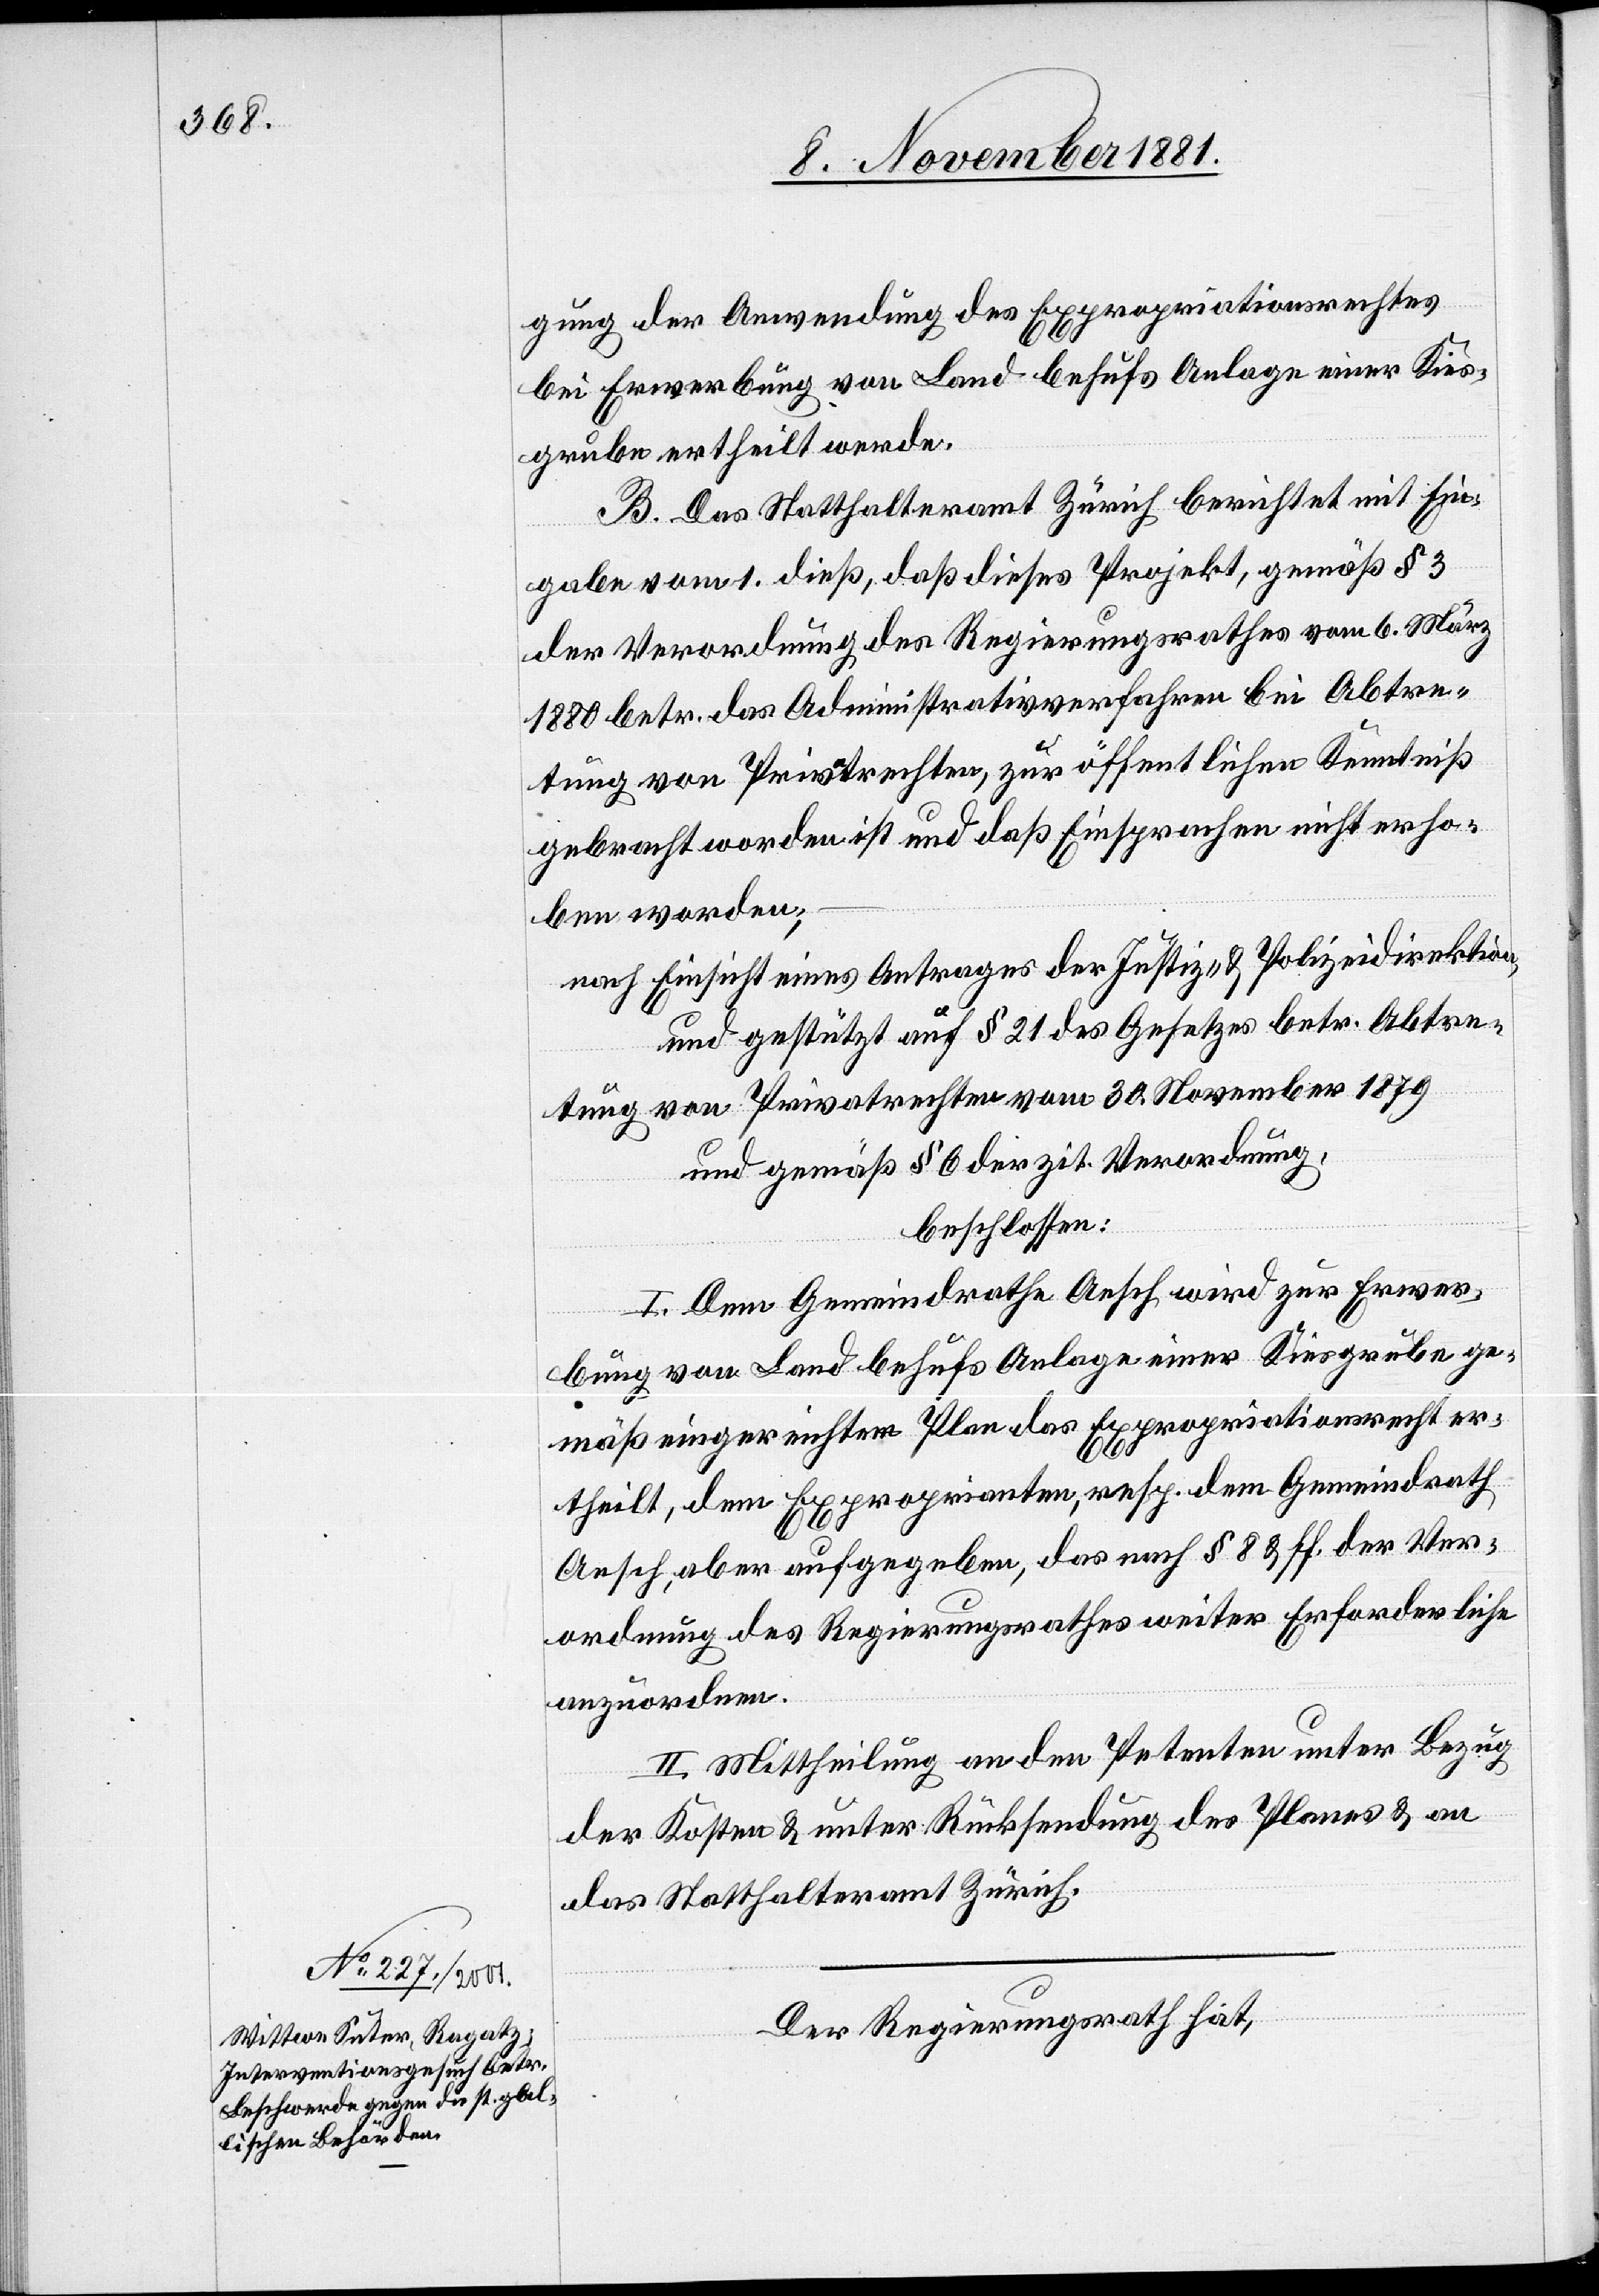
gung der Anwendung des Expropriationsrechtes
bei Erwerbung von Land behufs Anlage einer Kies¬
grube ertheilt werde.
B. Das Statthalteramt Zürich berichtet mit Ein¬
gabe vom 1. dieß, daß dieses Projekt, gemäß § 3
der Verordnung des Regierungsrathes vom 6. März
1880 betr. das Administrativverfahren bei Abtre¬
tung von Privatrechten, zur öffentlichen Kenntniß
gebracht worden ist und daß Einsprachen nicht erho¬
ben worden;
nach Einsicht eines Antrages der Justiz- & Polizeidirektion,
und gestützt auf § 21 des Gesetzes betr. Abtre¬
tung von Privatrechten vom 30. November 1879
und gemäß § 6 der zit. Verordnung,
beschlossen:
I. Dem Gemeindrathe Aesch wird zur Erwer¬
bung von Land behufs Anlage einer Kiesgrube ge¬
mäß eingereichtem Plan das Expropriationsrecht er¬
theilt, dem Exproprianten, resp. dem Gemeindrath
Aesch, aber aufgegeben, das nach § 8 & ff. der Ver¬
ordnung des Regierungsrathes weiter Erforderliche
anzuordnen.
II. Mittheilung an den Petenten unter Bezug
der Kosten & unter Rücksendung des Planes & an
das Statthalteramt Zürich.
Der Regierungsrath hat,